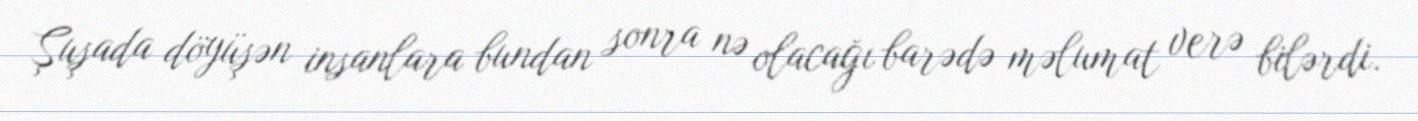
Şuşada döyüşən insanlara bundan sonra nə olacağı barədə məlumat verə bilərdi.